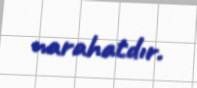
narahatdır.